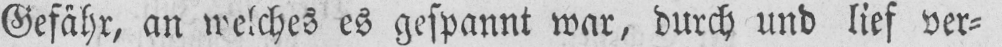
Gefähr, an welches es gespannt war, durch und lief ver⸗